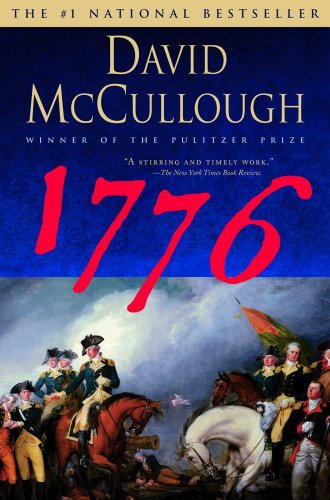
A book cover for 1776; David McCullough; Biographies & Memoirs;